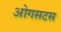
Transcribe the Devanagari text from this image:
ओगसटस